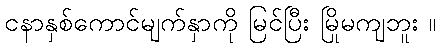
ငနာနှစ်ကောင်မျက်နှာကို မြင်ပြီး မြိုမကျဘူး ။